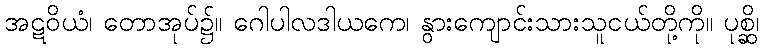
အဋဝိယံ၊ တောအုပ်၌။ ဂေါပါလဒါယကေ၊ နွားကျောင်းသားသူငယ်တို့ကို။ ပုစ္ဆိ၊